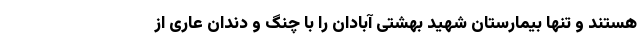
هستند و تنها بیمارستان شهید بهشتی آبادان را با چنگ و دندان عاری از